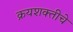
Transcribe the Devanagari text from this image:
क्रयशक्तीचे